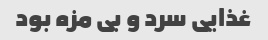
غذایی سرد و بی مزه بود